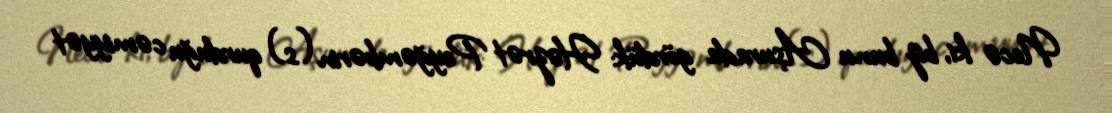
Necə ki, biz bunu Aşurada gördük: Həzrət Peyğəmbərin (s) qurduğu cəmiyyət